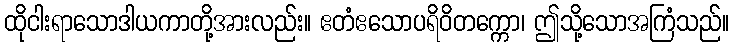
ထိုငါးရာသောဒါယကာတို့အားလည်း။ ဧတံဧသောပရိဝိတက္ကော၊ ဤသို့သောအကြံသည်။